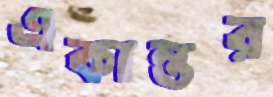
একান্তর